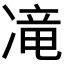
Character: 𱐊